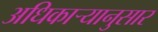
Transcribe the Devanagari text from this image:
अधिकाऱ्यानुसार